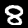
Digit: 8